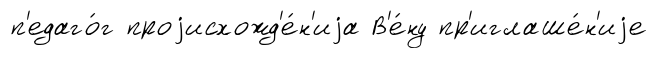
п'едаго́г проjисхожд'е́н'иjа В'е́ну пр'иглаше́н'иjе